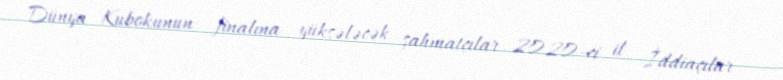
Dünya Kubokunun finalına yüksələcək şahmatçılar 2020-ci il İddiaçılar